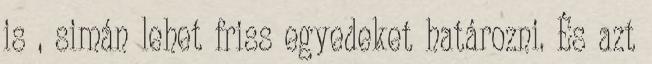
is , simán lehet friss egyedeket határozni. És azt